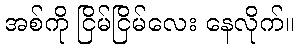
အစ်ကို ငြိမ်ငြိမ်လေး နေလိုက်။